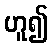
ဟူ၍